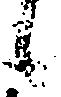
候